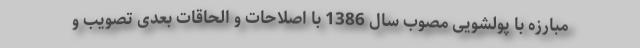
مبارزه با پولشویی مصوب سال 1386 با اصلاحات و الحاقات بعدی تصویب و